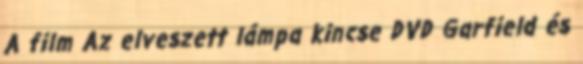
A film Az elveszett lámpa kincse DVD Garfield és